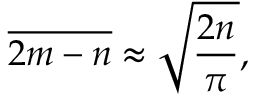
{ \overline { { 2 m - n } } } \approx { \sqrt { \frac { 2 n } { \pi } } } ,